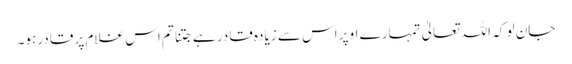
جان لو کہ اللہ تعالیٰ تمہارے اوپر اس سے زیادہ قادر ہے جتنا تم اس غلام پر قادر ہو۔